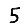
Digit: 5